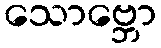
သောဗ္ဘော